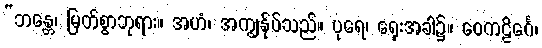
“ဘန္တေ၊ မြတ်စွာဘုရား။ အဟံ၊ အကျွန်ုပ်သည်။ ပုရေ၊ ရှေးအခါ၌။ ဝေကဠိင်္ဂေ၊